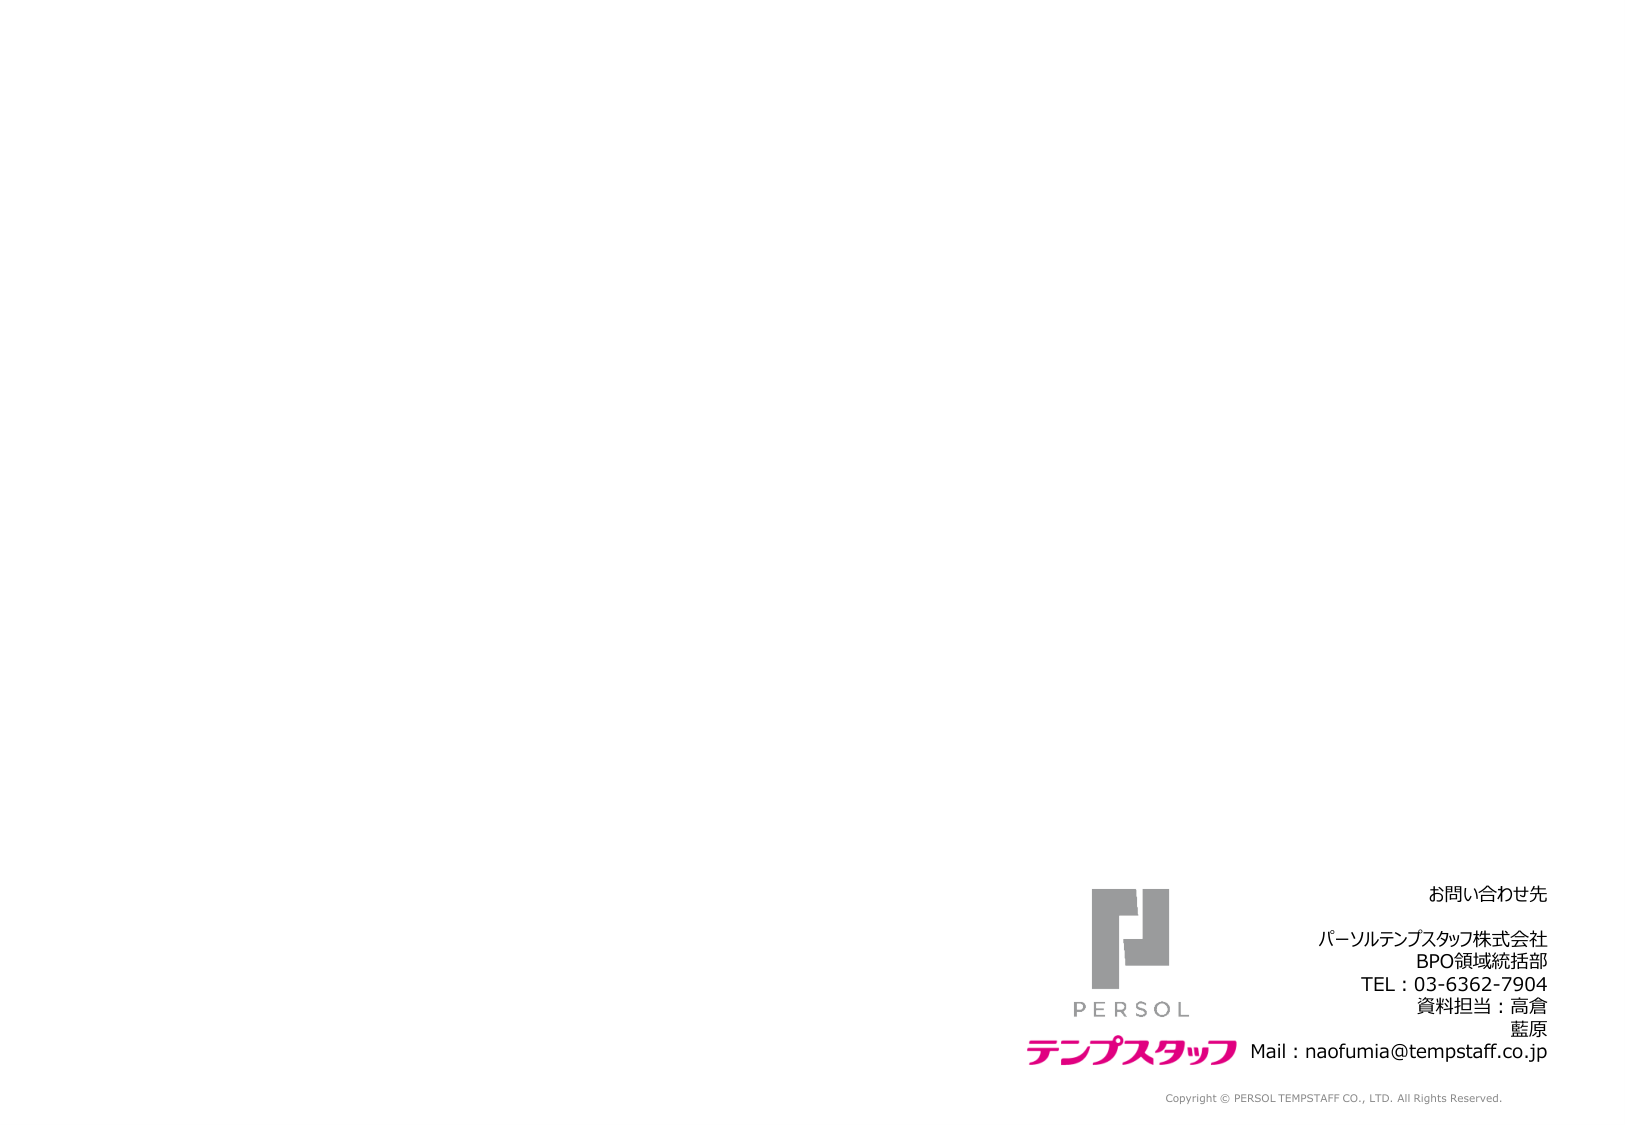
お問い合わせ先
パーソルテンプスタッフ株式会社
BPO領域統括部
TEL：03-6362-7904
資料担当：高倉
藍原
Mail：naofumia@tempstaff.co.jp

PERSOL
テンプスタッフ

Copyright © PERSOL TEMPSTAFF CO., LTD. All Rights Reserved.